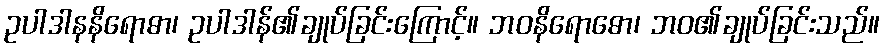
ဥပါဒါနနိရောဓာ၊ ဥပါဒါန်၏ချုပ်ခြင်းကြောင့်။ ဘဝနိရောဓော၊ ဘဝ၏ချုပ်ခြင်းသည်။